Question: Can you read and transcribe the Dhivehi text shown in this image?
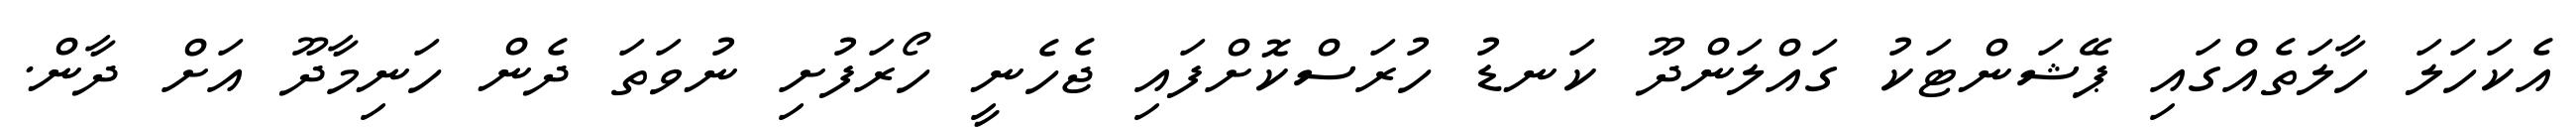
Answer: އެކަހަލަ ހާލަތެއްގައި ޕޭޝަންޓަކު ގައްލަންދޫ ކަނޑު ހުރަސްކޮށްފައި ޖެހެނީ ހޯރަފުށި ނުވަތަ ދެން ހަނިމާދޫ އަށް ދާން.